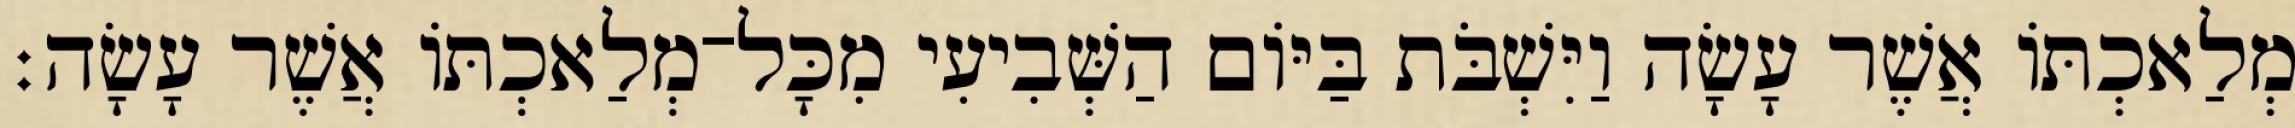
מְלַאכְתֹּו אֲשֶׁר עָשָׂה וַיִּשְׁבֹּת בַּיֹּום הַשְּׁבִיעִי מִכָּל־מְלַאכְתֹּו אֲשֶׁר עָשָׂה׃